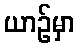
ယာဉ်မှာ